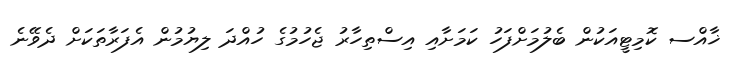
ޚާއްސ ކޮމިޓީއަކުން ބެލުމަށްފަހު ކަމަށާއި އިސްތިހާރު ޖެހުމުގެ ހުއްދަ ލިޔުމުން އެފަރާތަކަށް ދެވޭނެ